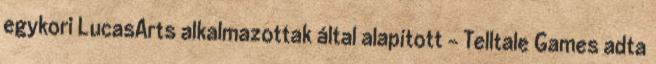
egykori LucasArts alkalmazottak által alapított - Telltale Games adta